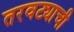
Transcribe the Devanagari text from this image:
तरवट्याची